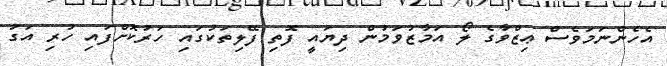
އެހެންނަމަވެސް ޢިޒްވާގެ ލޯ އަމާޒުވަމުން ދިޔައީ ފޮތި ފޭލިތަކުގައި ހަރުކޮށްފައި ހުރި އަގު